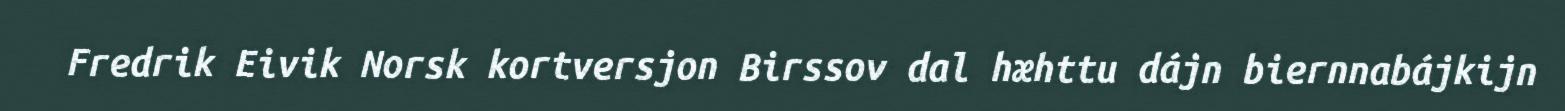
Fredrik Eivik Norsk kortversjon Birssov dal hæhttu dájn biernnabájkijn